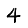
Digit: 4